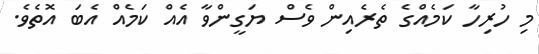
މި ހުރިހާ ކަމެއްގެ ތެރެއިން ވެސް ޔަގީންވާ އެއް ކަމެއް އެބަ އޮތެވެ.